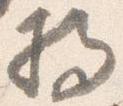
将